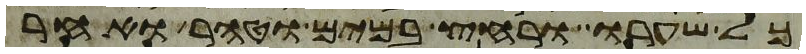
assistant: כל שערו ורחץ במים וטהר ואחר